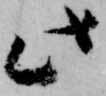
此